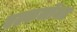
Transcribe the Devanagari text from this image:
एल्कलॉयड